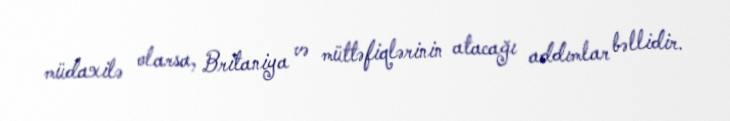
müdaxilə olarsa, Britaniya və müttəfiqlərinin atacağı addımlar bəllidir.